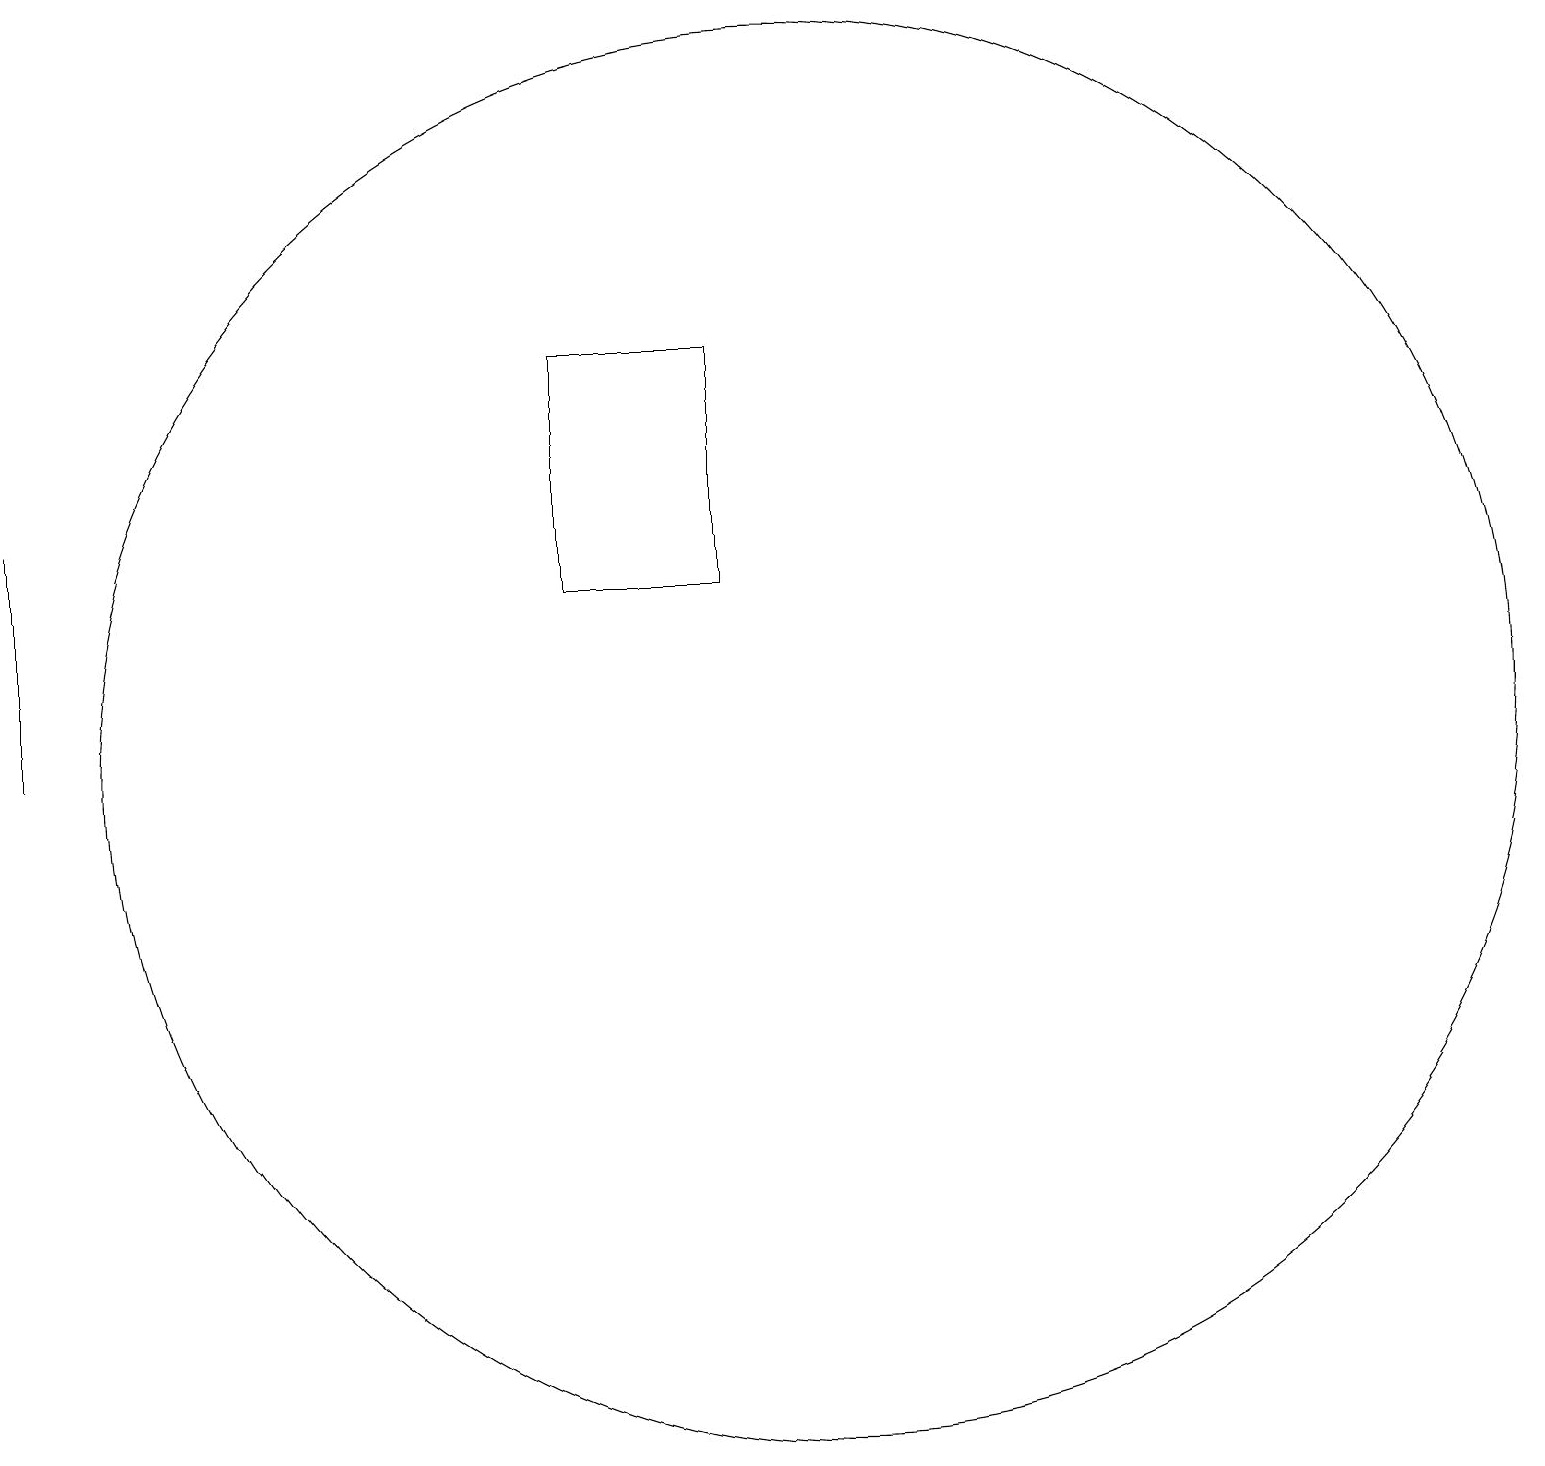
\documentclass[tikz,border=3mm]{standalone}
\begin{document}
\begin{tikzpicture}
\draw (10,12) circle (9);
\draw (7,14) rectangle (9,17);
\draw (0,12) rectangle (0,15);
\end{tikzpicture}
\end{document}